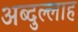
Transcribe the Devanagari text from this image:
अब्‍दुल्‍लाह